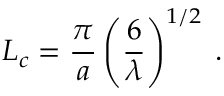
L _ { c } = \frac { \pi } { a } \left( \frac { 6 } { \lambda } \right) ^ { 1 / 2 } \; .